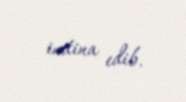
imtina edib.